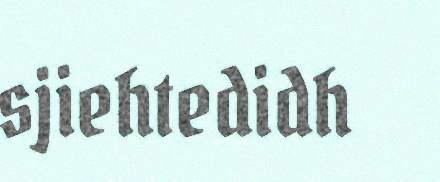
sjiehtedidh